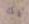
لك